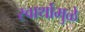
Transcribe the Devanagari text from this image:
स्वार्थामुळे